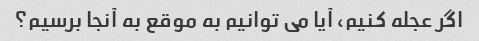
اگر عجله کنیم، آیا می توانیم به موقع به آنجا برسیم؟